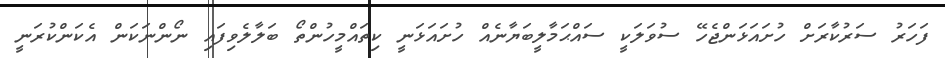
ފަހަރު ސަރުކާރަށް ހުށައަޅަންޖެހޭ ސުވަލަކީ ސައްޙަމާލީބަޔާނެއް ހުށައަޅަނީ ކިތައްމީހުންތޯ ބަލާލެވިފައި ނޯންނަކަން އެކަންކުރަނީ